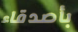
بأصدقاء